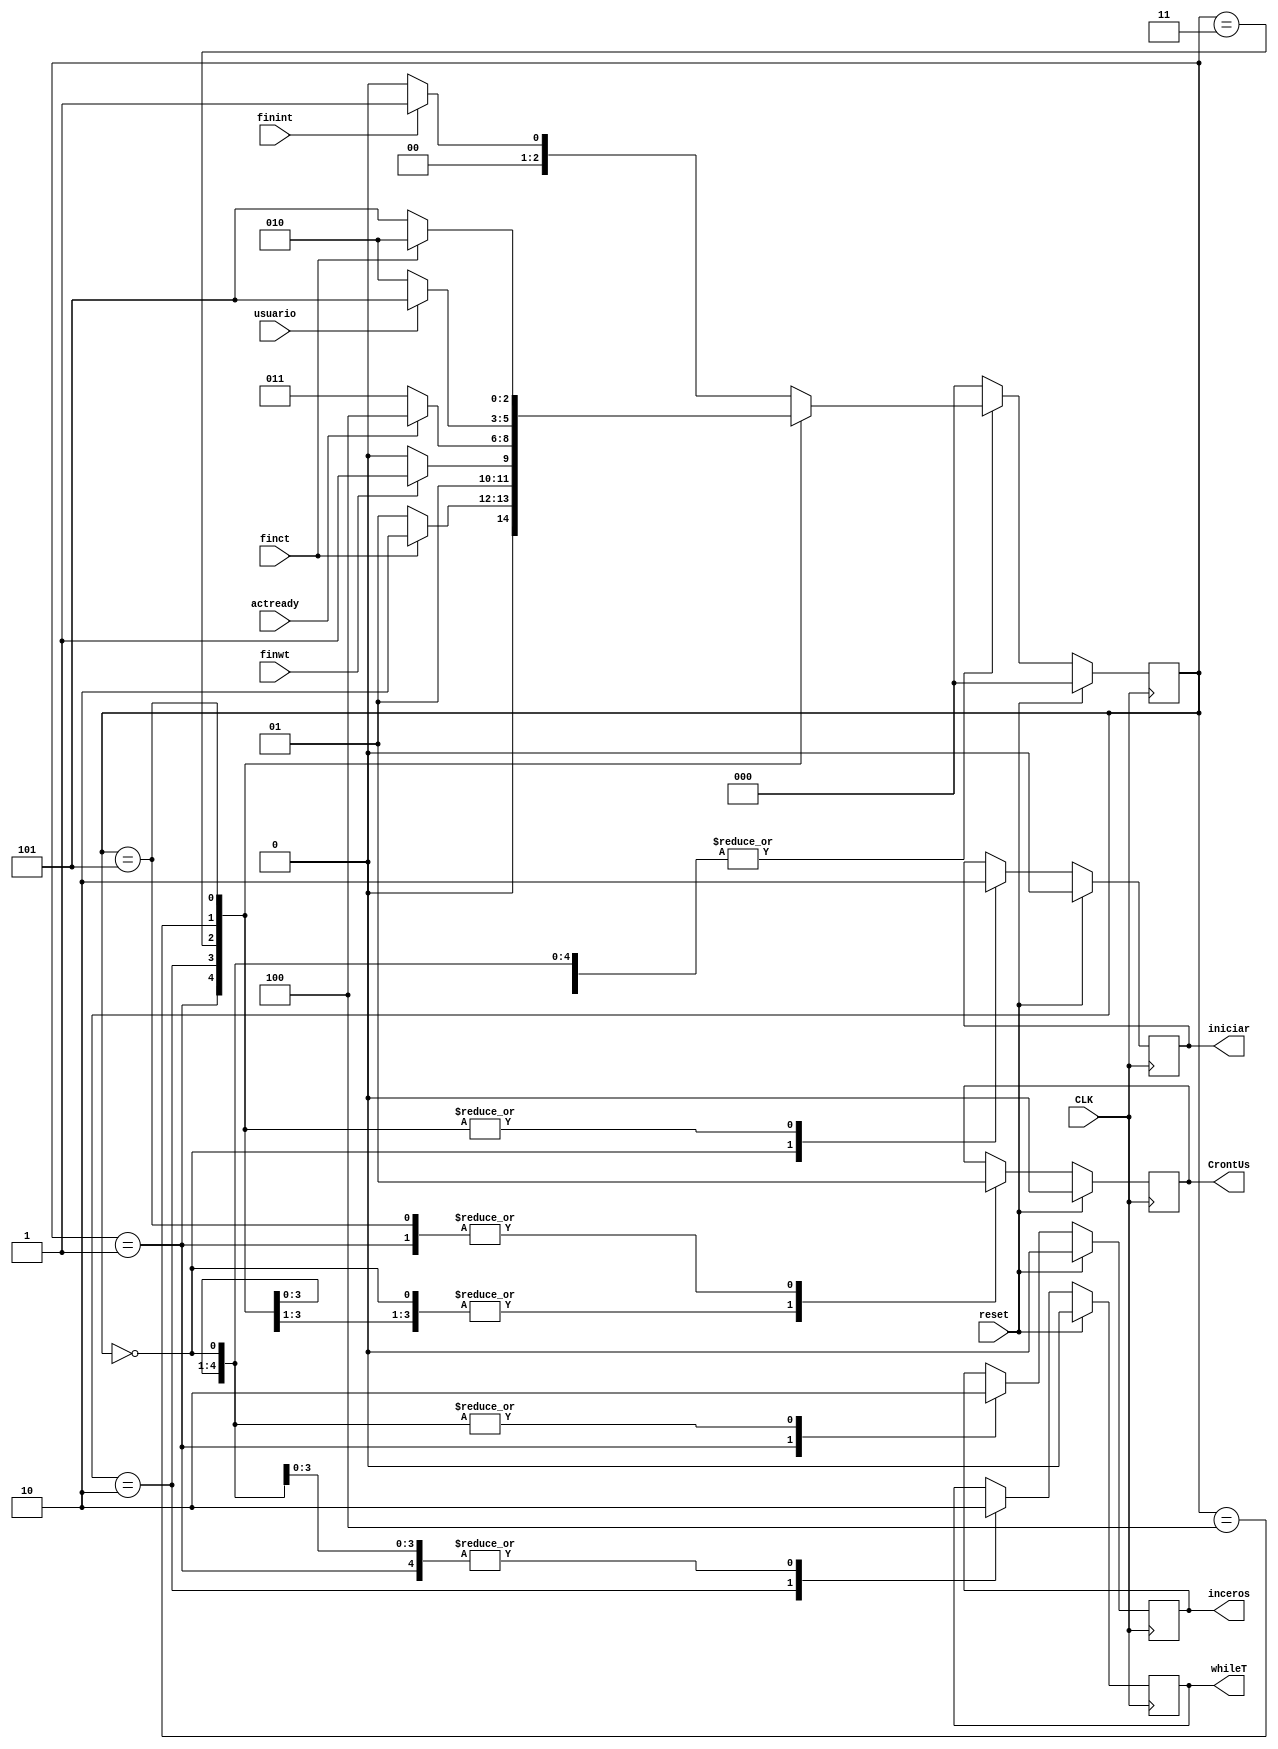
module controlprinciapal(reset,CLK,finint,finwt,finct,usuario,iniciar,whileT,CrontUs/*,State*/,actready,inceros);
	input reset,CLK,finint,finwt,finct,usuario,actready;
	output iniciar,whileT,CrontUs/*,State*/,inceros;
	reg iniciar,whileT,CrontUs,inceros;
	reg [2:0] State;
	reg [2:0] NextState;
	//estados
	
	parameter [2:0] inicializar = 3'b000;
	parameter [2:0] ceros = 3'b001;
	parameter [2:0] Whiletrue = 3'b010;
	parameter [2:0] estable = 3'b011;
	parameter [2:0] solicitud = 3'b100;
	parameter [2:0] controlusuario = 3'b101;
	
	always@ (finint or finwt or finct or usuario or State or actready)
	begin
	NextState =0;
	case(State)
	inicializar:
		if(finint)NextState=ceros;
		else NextState=inicializar;
	ceros:
		if(finct)NextState=Whiletrue;
		else NextState=ceros;
	Whiletrue:
		if(finwt)NextState=estable;
		else NextState=Whiletrue;
	estable:
		if(actready)NextState=solicitud;
		else NextState=estable;
	solicitud:
		if(usuario)NextState=controlusuario;
		else NextState=Whiletrue;
	controlusuario:
		if(finct)NextState=Whiletrue;
		else NextState=controlusuario;
	default:
		NextState=inicializar;
	endcase
	end
	
	always @(posedge CLK)
	begin
		if(reset)
		begin
			iniciar<=0;
			whileT<=0;
			CrontUs<=0;
			inceros<=0;
			State <= inicializar;
		end
		else
		begin
			State<=NextState;
			case(State)
				inicializar:
				begin
					inceros<=0;
					iniciar<=1;
					whileT<=0;
					CrontUs<=0;
				end
				ceros:
				begin
					inceros<=1;
					CrontUs<=1;
					iniciar<=0;
					whileT<=0;
				end
				Whiletrue:
					begin
						inceros<=0;
						CrontUs<=0;
						iniciar<=0;
						whileT<=1;
					end
				estable:
					begin
						inceros<=0;
						CrontUs<=0;
						iniciar<=0;
						whileT<=0;
					end
				solicitud:
					begin
						inceros<=0;
						CrontUs<=0;
						iniciar<=0;
						whileT<=0;
					end
				controlusuario:
				begin
					inceros<=0;
					CrontUs<=1;
					iniciar<=0;
					whileT<=0;
				end
				default:
				begin
				State <=inicializar;
			end
			endcase
		end
	end
endmodule